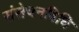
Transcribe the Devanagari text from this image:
संसेचनविधि